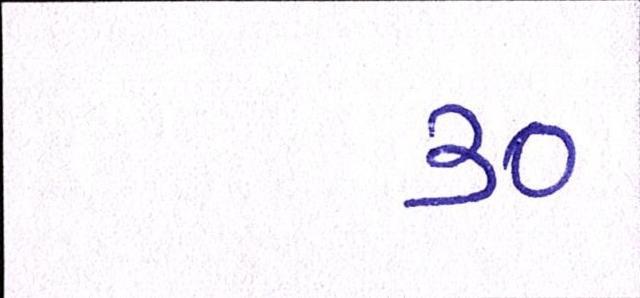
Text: ૩૦